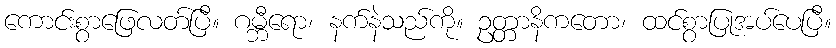
ကောင်းစွာဖြေလတ်ပြီ။ ဂမ္ဘီရော၊ နက်နဲသည်ကို။ ဥတ္တာနိကတော၊ ထင်စွာပြုအပ်ပေပြီ။